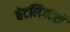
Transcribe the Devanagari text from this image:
वेटलिफ्टरों